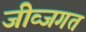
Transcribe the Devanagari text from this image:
जीव्जगत